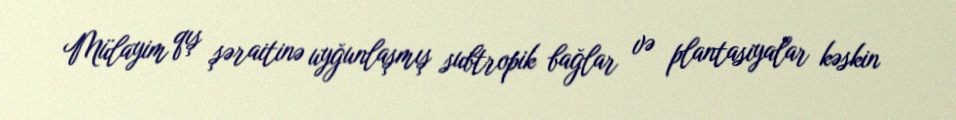
Mülayim qış şəraitinə uyğunlaşmış subtropik bağlar və plantasiyalar kəskin